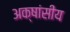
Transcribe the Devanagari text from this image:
अक्षांसीय